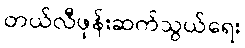
တယ်လီဖုန်းဆက်သွယ်ရေး